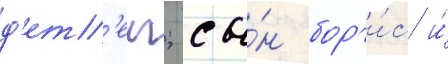
д'ет'еи; сы́н бор'и́с и́